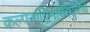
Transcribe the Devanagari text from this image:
कल्पनाधिनाथेरघुनाथे